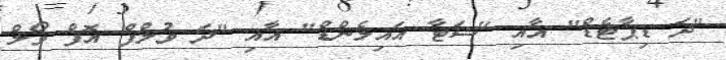
"ދަ ޑިޕާޓެޑް" އާއި "ޝަޓާ އައިލެންޑް" އާއި "ދަ ވުލްފް އޮފް ވޯލް